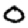
Digit: 0